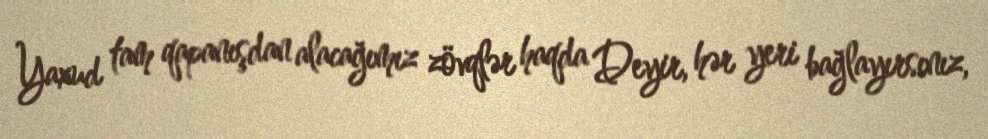
Yaxud tam qapanışdan alacağımız zövqlər haqda Deyir, hər yeri bağlayırsınız,